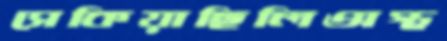
সেকিয়াছিলিঅস্থ